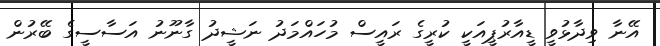
އޭނާ ވިދާޅުވީ ޑީއާރުޕީއަކީ ކުރީގެ ރައީސް މުހައްމަދު ނަޝީދު ގާނޫނު އަސާސީގެ ބޭރުން